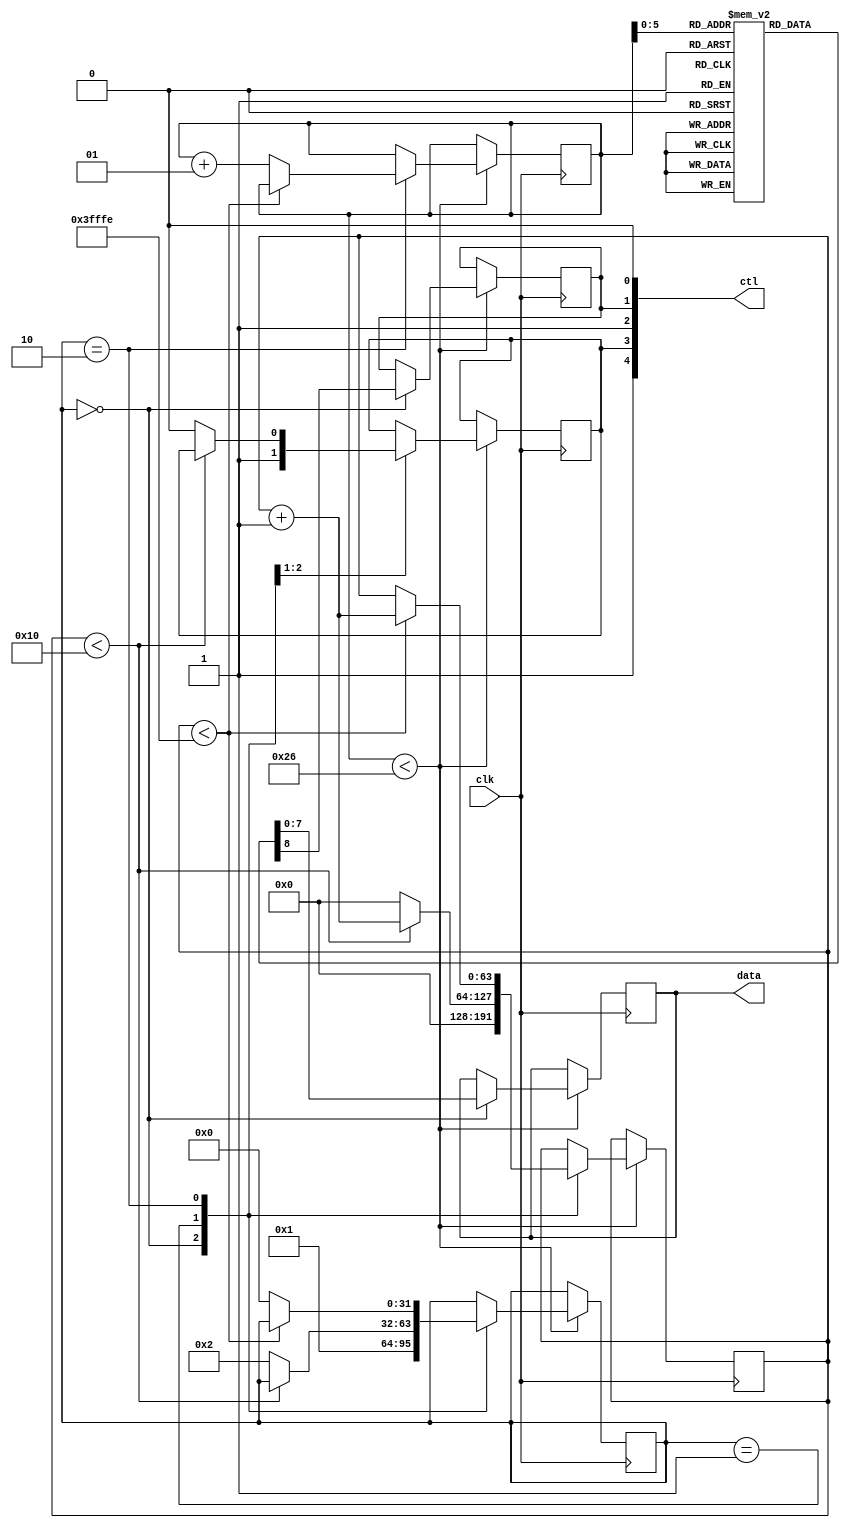
module lcd
(
	input wire       clk,
	output reg [4:0] ctl,
	output reg [7:0] data
);
	localparam RW   = 0;
	localparam RS   = 1;
	localparam ON   = 2;
	localparam EN   = 3;
	localparam BLON = 4;

	localparam INITIAL = 0;
	localparam LINE1   = 5;
	localparam CHLINE  = LINE1 + 16;
	localparam LINE2   = CHLINE + 1;
	localparam SIZE    = LINE2 + 16;

	reg [8:0]  chr[SIZE];
	reg [63:0] cnt;
	integer    pos, state, i;
	
	initial begin
		for (i = 0; i < SIZE; i = i + 1)
			chr[i] = 9'h141 - LINE1 + i;
		chr[CHLINE] = 9'h0C0;
		chr[INITIAL+0] = 9'h038;
		chr[INITIAL+1] = 9'h00C;
		chr[INITIAL+2] = 9'h001;
		chr[INITIAL+3] = 9'h006;
		chr[INITIAL+4] = 9'h080;

		cnt <= 0;
		pos <= 0;
		state <= 0;
	end
	
	always @* begin
		ctl[RW] <= 0;
		ctl[ON] <= 1;
		ctl[BLON] <= 1;
	end
	
	always @ (posedge clk) begin
		if (pos < SIZE) begin
			case (state)
				0: begin
					ctl[EN] <= 1;
					ctl[RS] <= chr[pos][8];
					data <= chr[pos][7:0];
					cnt <= 0;
					state <= 1;
				end

				1: begin
					if (cnt < 16)
						cnt <= cnt + 1;
					else begin
						ctl[EN] <= 0;
						cnt <= 0;
						state <= 2;
					end
				end
			
				2: begin
					if (cnt < 'h3FFFE)
						cnt <= cnt + 1;
					else begin
						pos <= pos + 1;
						state <= 0;
					end
				end
				
			endcase			
		end
	end

endmodule